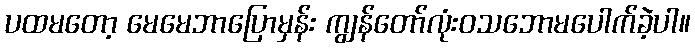
ပထမတော့ မေမေဘာပြောမှန်း ကျွန်တော်လုံးဝသဘောမပေါက်ခဲ့ပါ။